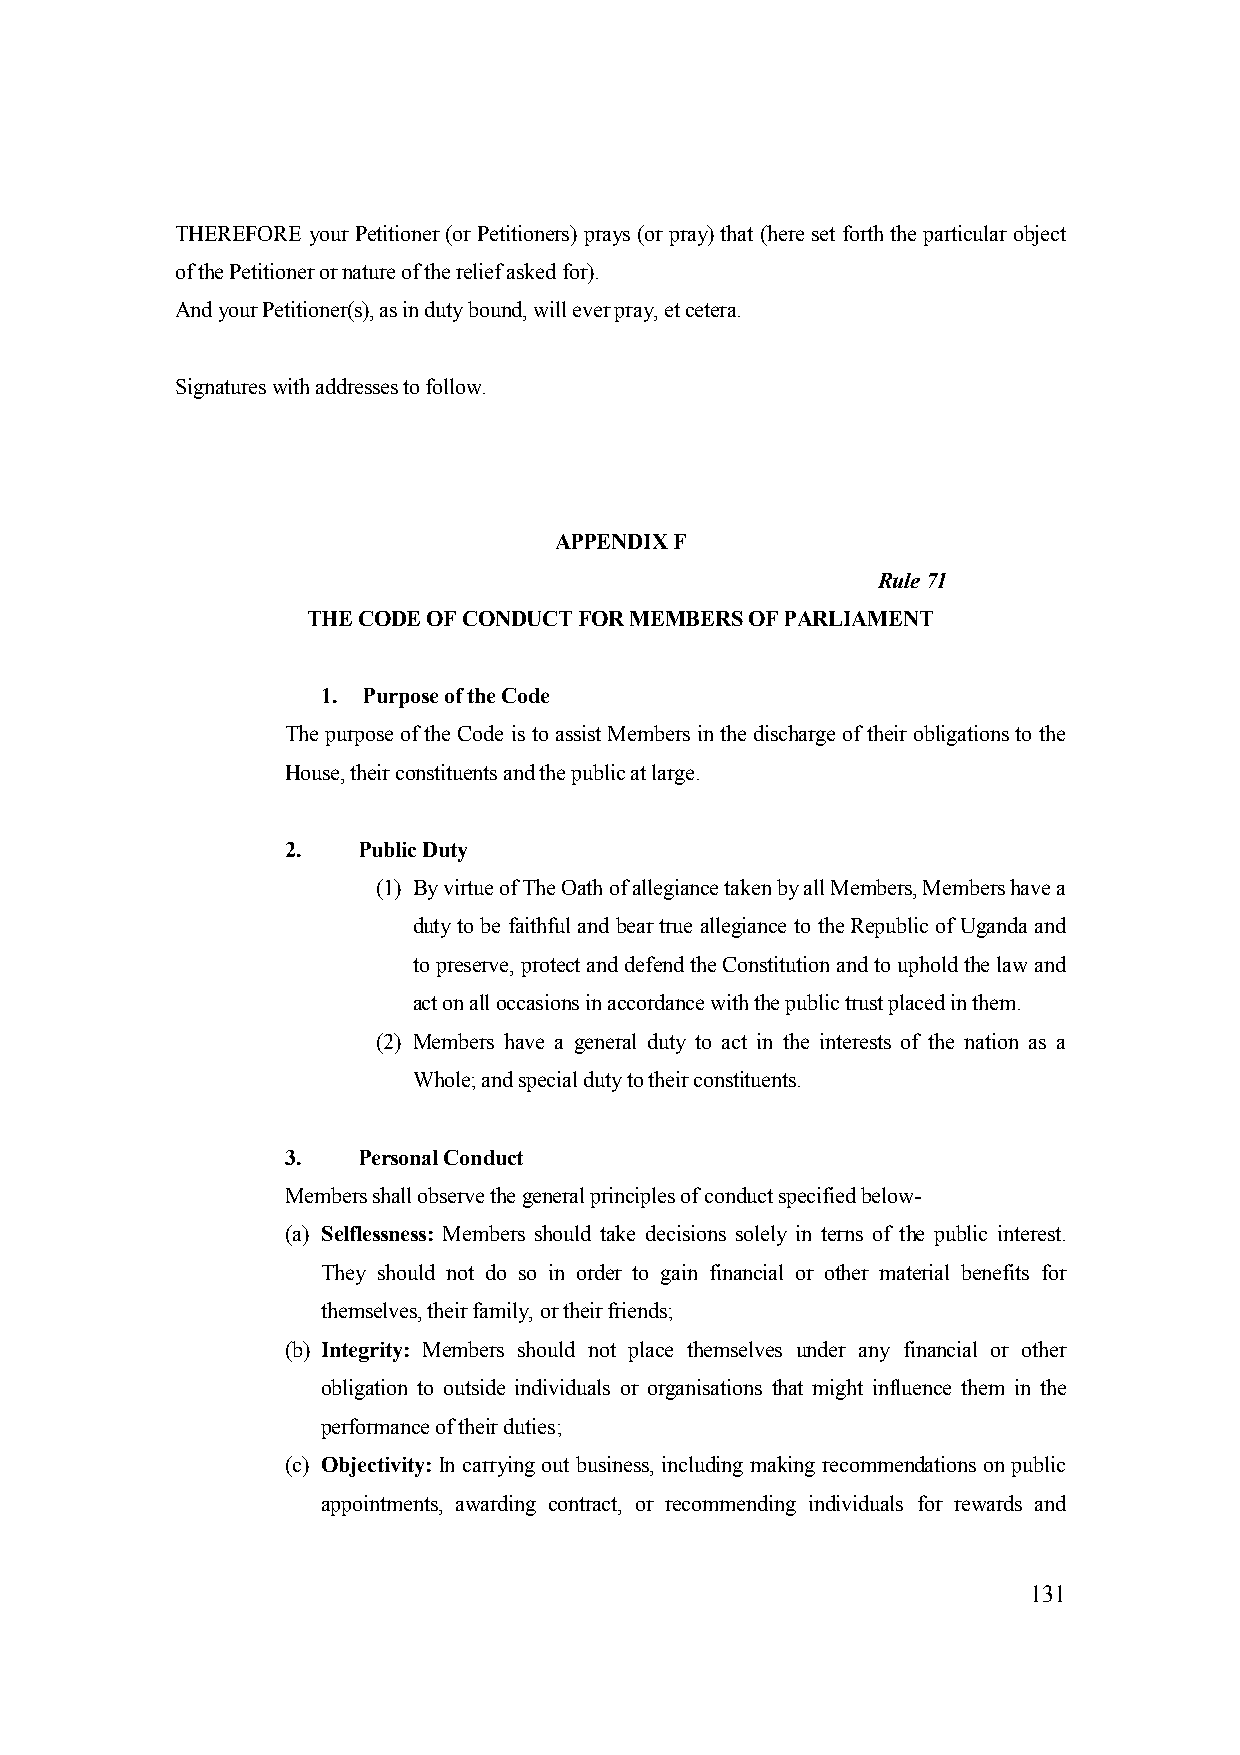
THEREFORE your Petitioner (or Petitioners) prays (or pray) that (here set forth the particular object
 of the Petitioner or nature of the relief asked for).
 And your Petitioner(s), as in duty bound, will ever pray, et cetera.
 Signatures with addresses to follow.
 APPENDIX F
 Rule 71
 THE CODE OF CONDUCT FOR MEMBERS OF PARLIAMENT
 1. Purpose of the Code
 The purpose of the Code is to assist Members in the discharge of their obligations to the
 House, their constituents and the public at large.
 2.   Public Duty
 (1) By virtue of The Oath of allegiance taken by all Members, Members have a
 duty to be faithful and bear true allegiance to the Republic of Uganda and
 to preserve, protect and defend the Constitution and to uphold the law and
 act on all occasions in accordance with the public trust placed in them.
 (2) Members have a general duty to act in the interests of the nation as a
 Whole; and special duty to their constituents.
 3.   Personal Conduct
 Members shall observe the general principles of conduct specified below-
 (a) Selflessness: Members should take decisions solely in terns of the public interest.
 They should not do so in order to gain financial or other material benefits for
 themselves, their family, or their friends;
 (b) Integrity: Members should not place themselves under any financial or other
 obligation to outside individuals or organisations that might influence them in the
 performance of their duties;
 (c) Objectivity: In carrying out business, including making recommendations on public
 appointments, awarding contract, or recommending individuals for rewards and
 131